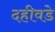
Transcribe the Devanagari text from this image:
दहीवडे